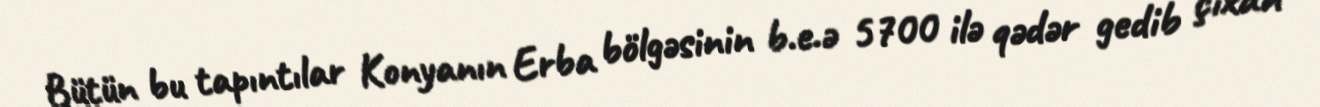
Bütün bu tapıntılar Konyanın Erba bölgəsinin b.e.ə 5700 ilə qədər gedib çıxan